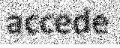
accede